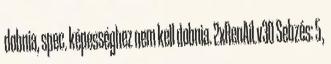
dobnia, spec. képességhez nem kell dobnia. 2xRenAiLv30 Sebzés: 5,